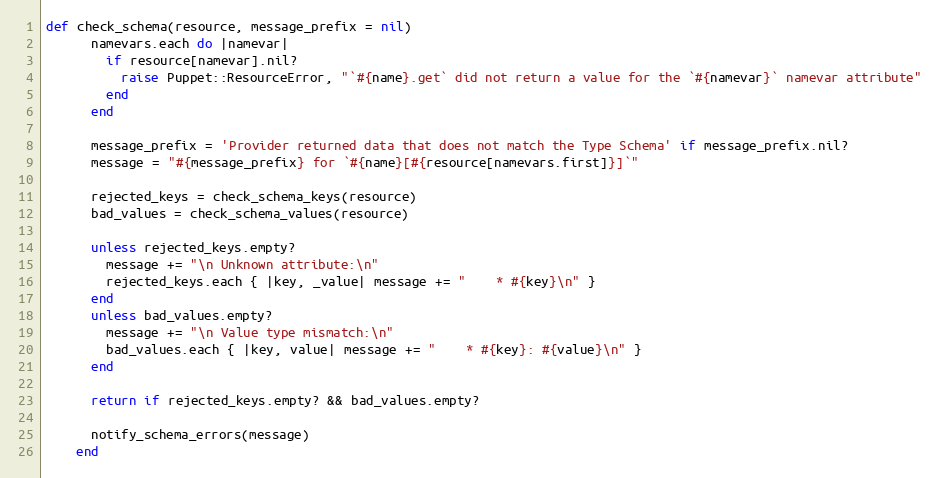
Language: Ruby
def check_schema(resource, message_prefix = nil)
      namevars.each do |namevar|
        if resource[namevar].nil?
          raise Puppet::ResourceError, "`#{name}.get` did not return a value for the `#{namevar}` namevar attribute"
        end
      end

      message_prefix = 'Provider returned data that does not match the Type Schema' if message_prefix.nil?
      message = "#{message_prefix} for `#{name}[#{resource[namevars.first]}]`"

      rejected_keys = check_schema_keys(resource)
      bad_values = check_schema_values(resource)

      unless rejected_keys.empty?
        message += "\n Unknown attribute:\n"
        rejected_keys.each { |key, _value| message += "    * #{key}\n" }
      end
      unless bad_values.empty?
        message += "\n Value type mismatch:\n"
        bad_values.each { |key, value| message += "    * #{key}: #{value}\n" }
      end

      return if rejected_keys.empty? && bad_values.empty?

      notify_schema_errors(message)
    end